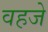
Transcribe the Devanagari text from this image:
वहजे